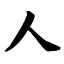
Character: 人